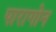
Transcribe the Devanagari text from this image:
पारागोन